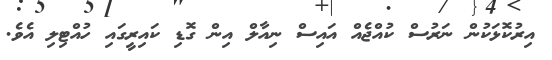
އިރުކޮޅަކުން ނަރުސް ކުއްޖެއް އައިސް ނިއާލް އިން ގޮޑި ކައިރީގައި ހުއްޓިލި އެވެ.